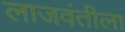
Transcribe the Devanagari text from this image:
लाजवंतीला